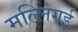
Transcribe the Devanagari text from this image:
मल्लिगई